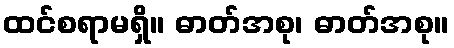
ထင်စရာမရှိ။ ဓာတ်အစု၊ ဓာတ်အစု။